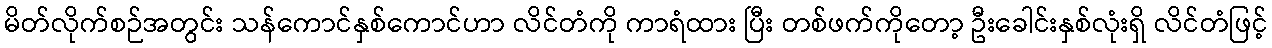
မိတ်လိုက်စဉ်အတွင်း သန်ကောင်နှစ်ကောင်ဟာ လိင်တံကို ကာရံထား ပြီး တစ်ဖက်ကိုတော့ ဦးခေါင်းနှစ်လုံးရှိ လိင်တံဖြင့်